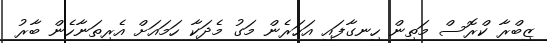
ޒިބްރާ ކްރޮސް މަތިން ހިނގާފައި އަހަރެން މަގު މެދަކާ ހަމައަށް އެރިތަނާހެން ބާރު